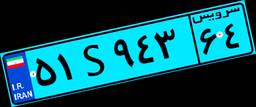
۵۱S۹۴۳۶۴